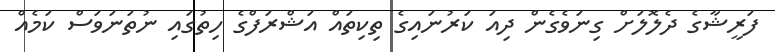
ފަރީޝާގެ ދެލޮލަށް ގިނަވެގެން ދިއަ ކަރުނައިގެ ތިކިތައް އަޝްރަފްގެ ހިތުގައި ނުތަނަވަސް ކަމެއް